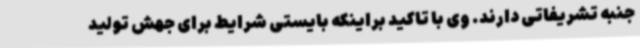
جنبه تشریفاتی دارند. وی با تاکید براینکه بایستی شرایط برای جهش تولید